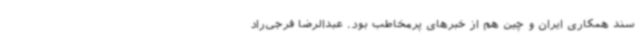
سند همکاری ایران و چین هم از خبرهای پرمخاطب بود. عبدالرضا فرجی‌راد